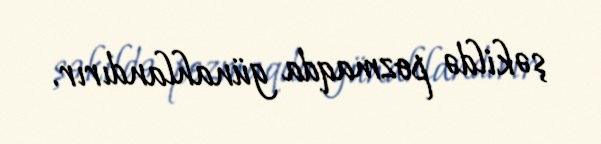
şəkildə pozmaqda günahlandırır.